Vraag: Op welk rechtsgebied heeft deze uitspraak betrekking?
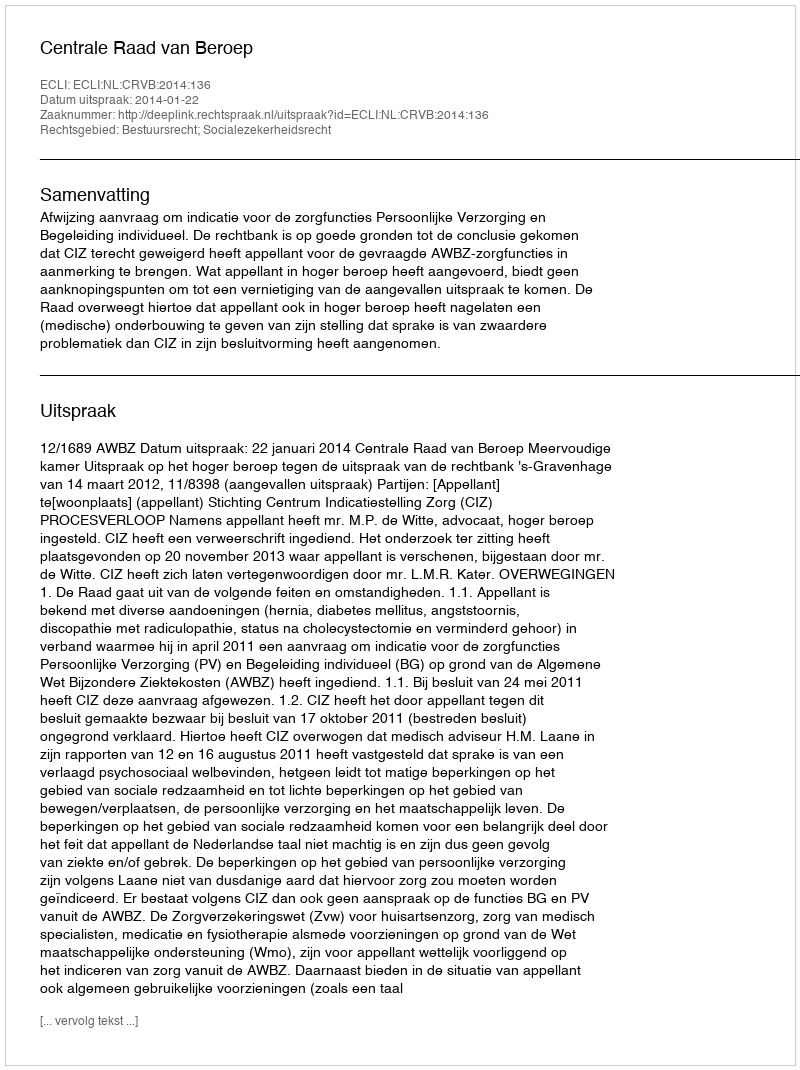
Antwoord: Bestuursrecht; Socialezekerheidsrecht